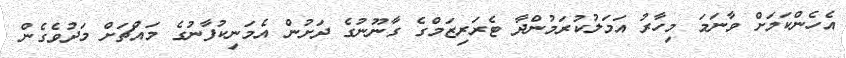
އެހެންކަމަށް ވާނަމަ މިހާރު އަމަލުކުރަމުންދާ ޓެރަރިޒަމްގެ ގާނޫނުގެ ދަށުން އެމަނިކުފާނުގެ މައްޗަށް މަދުވެގެން